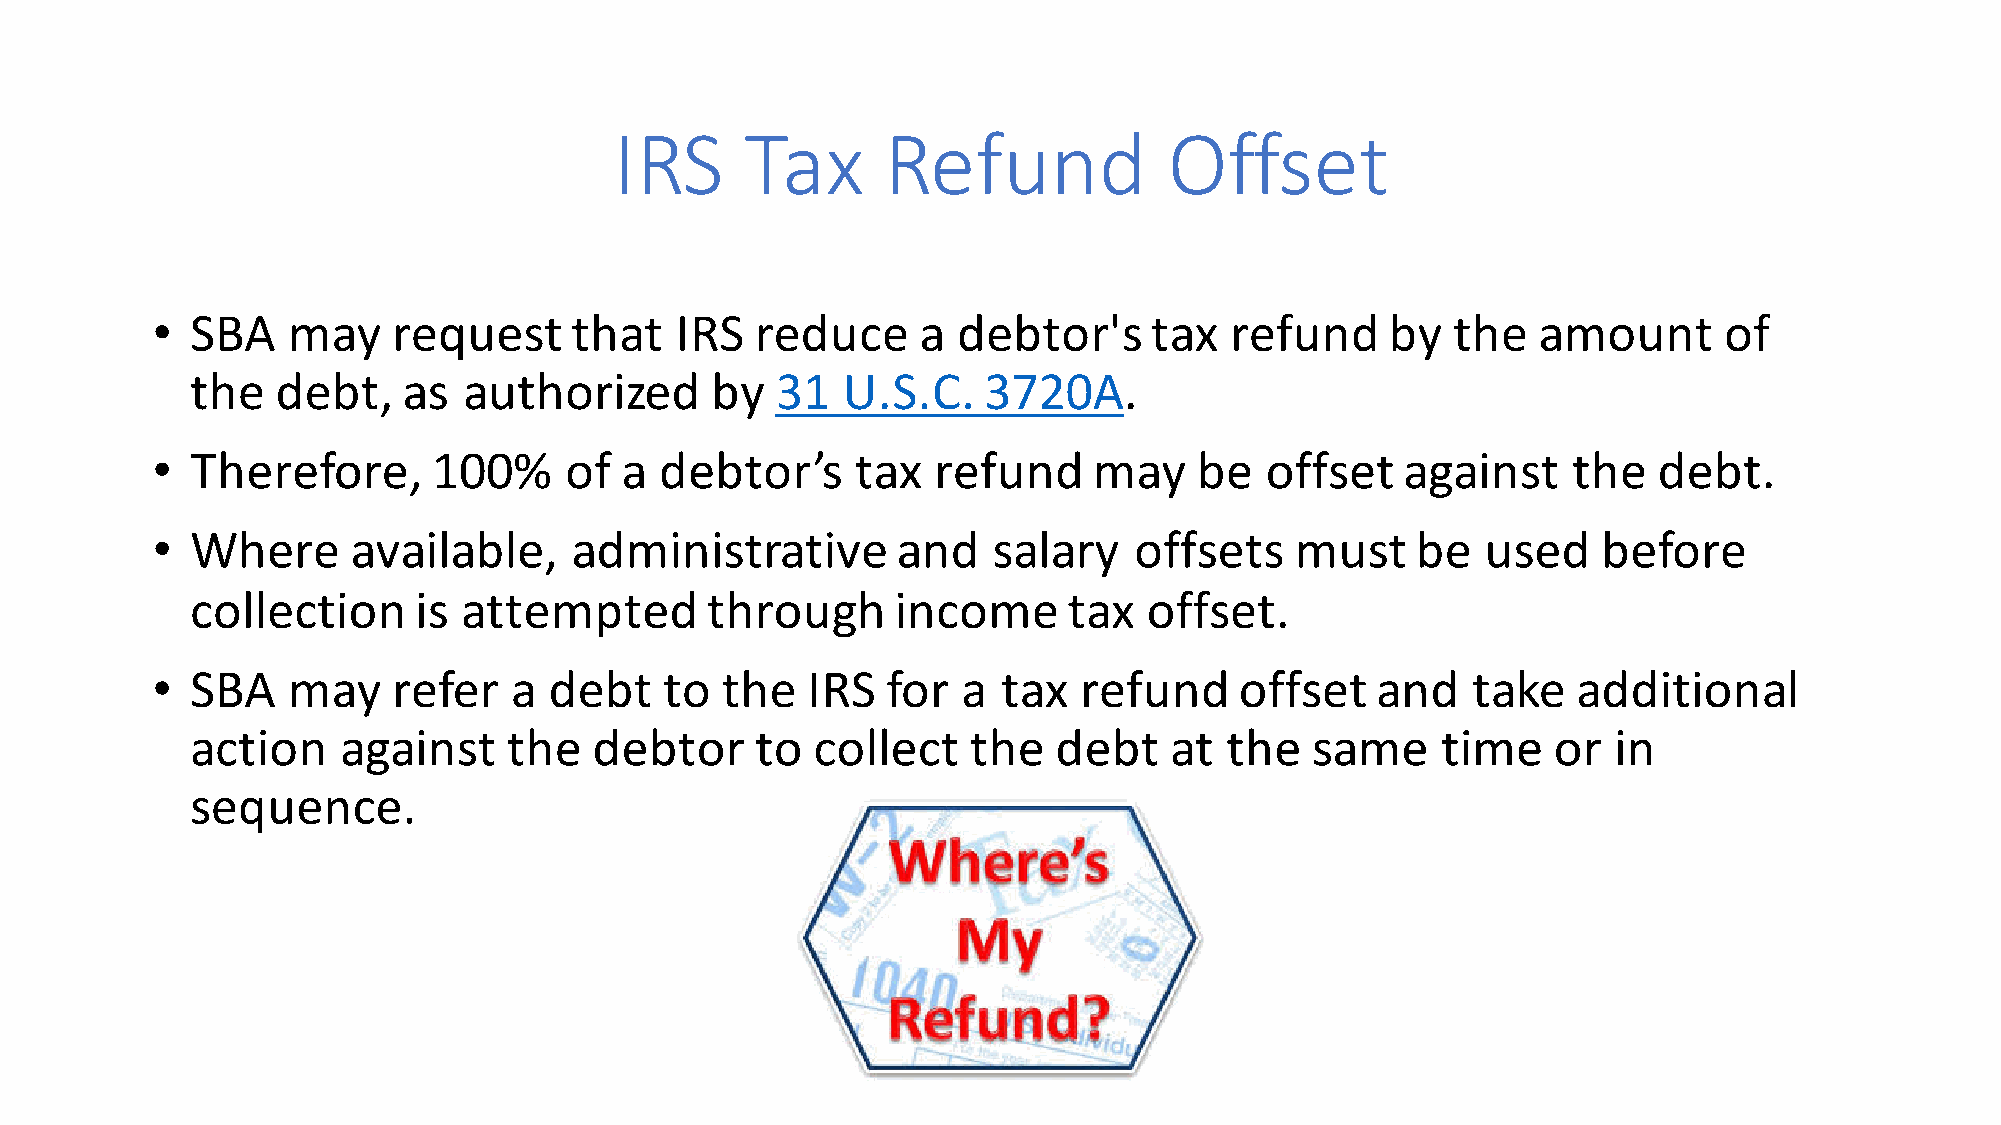
IRS     Tax       Refund            Offset
 •  SBA   may    request     that   IRS  reduce     a debtor's     tax  refund     by  the   amount      of
 the  debt,    as  authorized      by  31   U.S.C.   3720A.
 •  Therefore,      100%    of  a  debtor’s     tax  refund    may    be   offset   against    the   debt.
 •  Where     available,     administrative       and    salary   offsets    must    be  used    before
 collection    is  attempted       through     income      tax  offset.
 •  SBA   may    refer   a debt    to  the  IRS   for  a tax  refund     offset   and   take   additional
 action    against    the  debtor     to  collect   the   debt   at  the   same    time    or  in
 sequence.